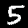
Digit: 5